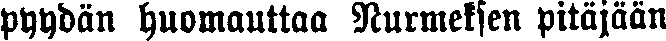
pyydän huomauttaa Nurmeksen pitäjään